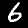
Digit: 6